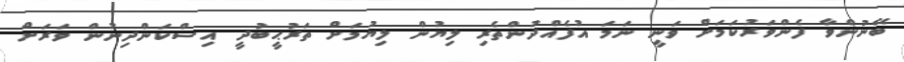
ބޭނުންވާ ފެންވަރުކަމަށް ވަނީ ނަމަ އުފެއްދުންތެރި ލިޔުން ލިޔުމަށް ތަރުޙީބުދީ އިސްކަންދިނުން ވަރަށް